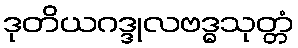
ဒုတိယဂဒ္ဒုလဗဒ္ဓသုတ္တံ